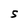
Character: S